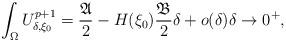
LaTeX: \begin{align*}\int_{\Omega} U_{\delta,\xi_0}^{p+1}=\frac{\mathfrak{A}}{2}-H(\xi_0)\frac{\mathfrak{B}}{2}\delta +o(\delta)\delta\to 0^+,\end{align*}